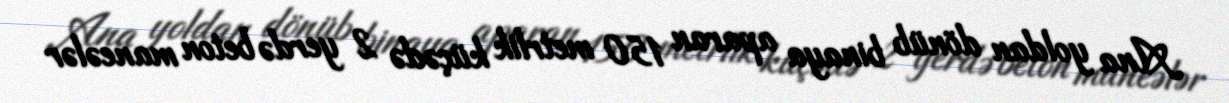
Ana yoldan dönüb binaya aparan 150 metrlik küçədə 2 yerdə beton maneələr